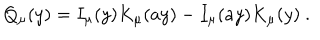
Q _ { \mu } ( y ) = I _ { \mu } ( y ) K _ { \mu } ( a y ) - I _ { \mu } ( a y ) K _ { \mu } ( y ) ~ .